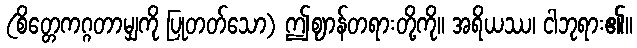
(စိတ္တေကဂ္ဂတာမျှကို ပြုတတ်သော) ဤဈာန်တရားတို့ကို။ အရိယဿ၊ ငါဘုရား၏။